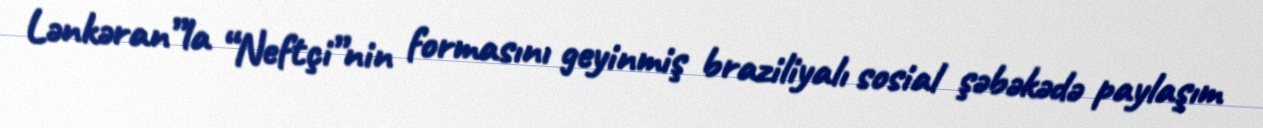
Lənkəran”la “Neftçi”nin formasını geyinmiş braziliyalı sosial şəbəkədə paylaşım